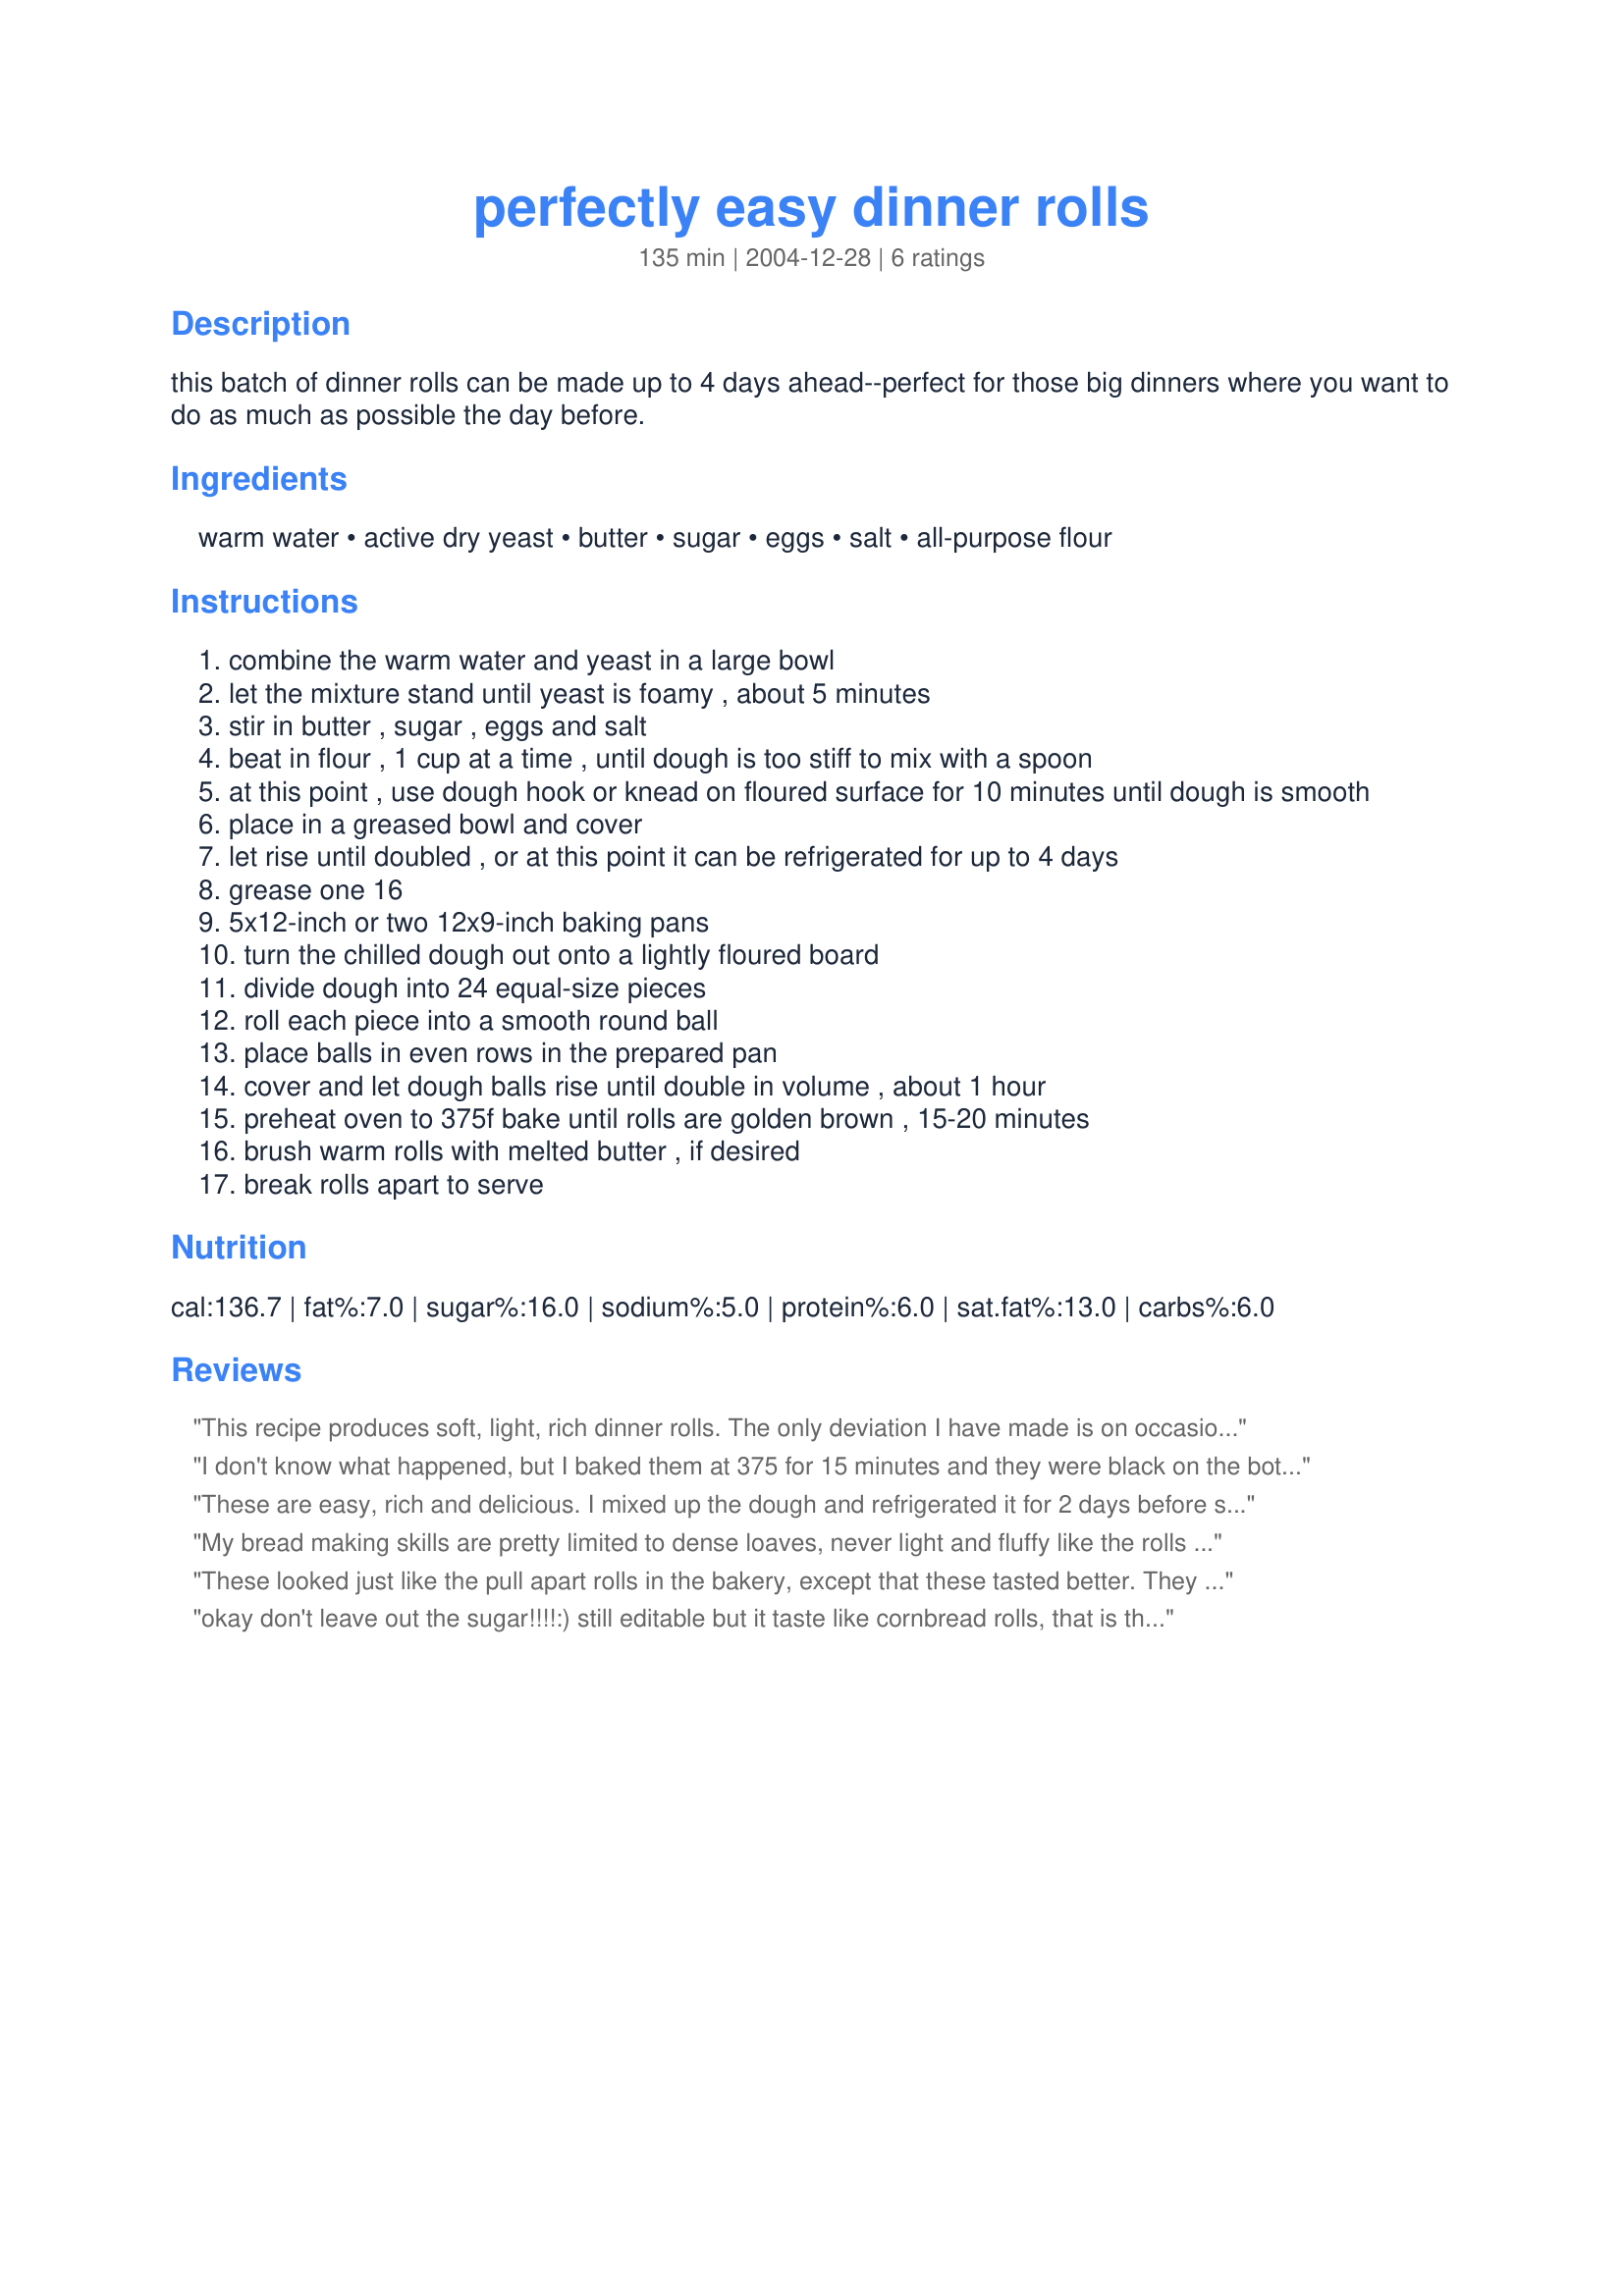
perfectly easy dinner rolls
Preparation time: 135 minutes

this batch of dinner rolls can be made up to 4 days ahead--perfect for those big dinners where you want to do as much as possible the day before.

Ingredients:
warm water, active dry yeast, butter, sugar, eggs, salt, all-purpose flour

Steps:
combine the warm water and yeast in a large bowl
let the mixture stand until yeast is foamy , about 5 minutes
stir in butter , sugar , eggs and salt
beat in flour , 1 cup at a time , until dough is too stiff to mix with a spoon
at this point , use dough hook or knead on floured surface for 10 minutes until dough is smooth
place in a greased bowl and cover
let rise until doubled , or at this point it can be refrigerated for up to 4 days
grease one 16
5x12-inch or two 12x9-inch baking pans
turn the chilled dough out onto a lightly floured board
divide dough into 24 equal-size pieces
roll each piece into a smooth round ball
place balls in even rows in the prepared pan
cover and let dough balls rise until double in volume , about 1 hour
preheat oven to 375f bake until rolls are golden brown , 15-20 minutes
brush warm rolls with melted butter , if desired
break rolls apart to serve

Reviews:
This recipe produces soft, light, rich dinner rolls. The only deviation I have made is on occasion I have substituted room-temperature sour dough culture for the water. It may need a tad more flour or water depending on the atmospheric gods. My family loves these rolls. I have made larger rolls (75 grams) for sandwiches. My husband loves sandwiches with these rolls.
I don't know what happened, but I baked them at 375 for 15 minutes and they were black on the bottom. Tasted the top halves to see if I should try it again, but wasn't impressed by the flavor (or lack thereof).
These are easy, rich and delicious. I mixed up the dough and refrigerated it for 2 days before shaping into rolls and baking. The directions are right on target and the rolls were a big hit at Thanksgiving dinner. They are also wonderful wrapped in foil and reheated.
My bread making skills are pretty limited to dense loaves, never light and fluffy like the rolls here. These came out fantastic. I followed the instructions and didn&#039;t make any changes except that I added a half a tsp of sugar to the yeast and let it sit for 10 minutes instead of 5. They reheat well and will make an excellent addition to thanksgiving this year.
These looked just like the pull apart rolls in the bakery, except that these tasted better. They are wonderfully feather-light and buttery. I used 4 1/2 cups flour and mixed in my bread machine. I made the first 12 (9x13 pan) immed.(no chilling) and the dough is soft (not too sticky) but I read that this makes the best rolls! 24 hours later I made the second batch. The dough did was much more compact and did not need any flour. The first batch seemed slightly more fluffy and the second had a slightly firmer crust (I preferred the first). My rolls turned out just like your photo, Sharlene! I'll be making these again soon.
Roxygirl
okay don't leave out the sugar!!!!:) still editable but it taste like cornbread rolls, that is the best way I can explain it.. I still liked this recipe a lot..
